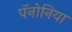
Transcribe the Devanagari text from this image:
पॅनोनिया